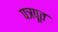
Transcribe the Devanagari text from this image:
पत्रपूत